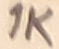
Text: 1K